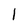
Character: I